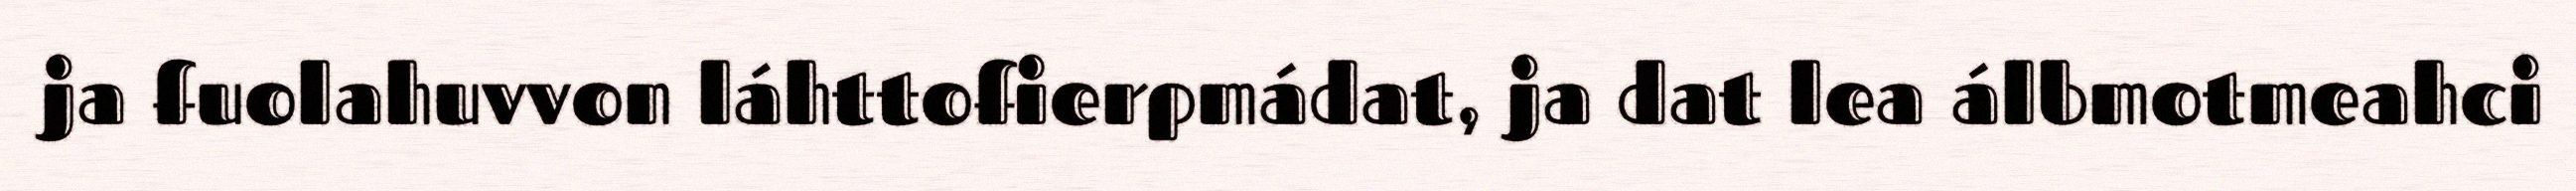
ja fuolahuvvon láhttofierpmádat, ja dat lea álbmotmeahci